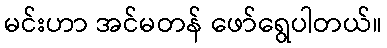
မင်းဟာ အင်မတန် ဖော်ရွေပါတယ်။